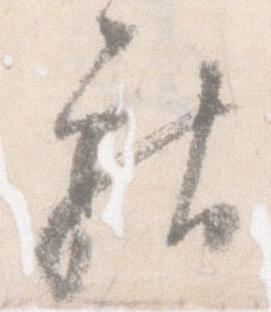
献